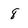
Character: 8